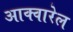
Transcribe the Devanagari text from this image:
आक्वारेल